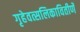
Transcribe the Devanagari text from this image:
गृहेवत्सलिकावितीर्णे